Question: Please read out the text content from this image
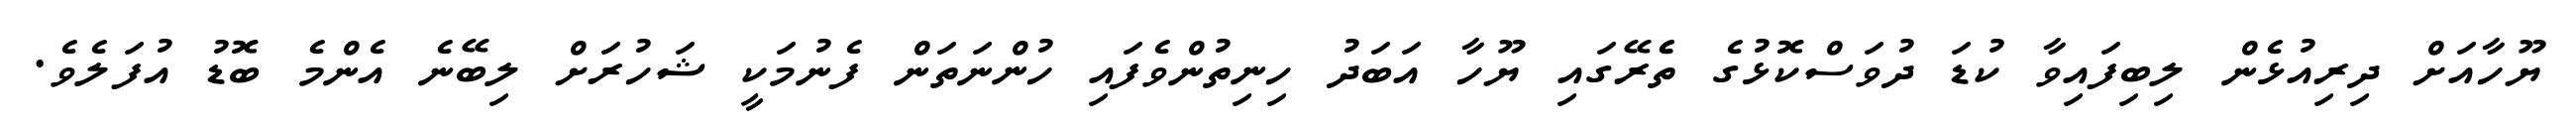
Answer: ޔޫހާއަށް ދިރިއުޅެން ލިބިފައިވާ ކުޑަ ދުވަސްކޮޅުގެ ތެެރޭގައި ޔޫހާ އަބަދު ހިނިތުންވެފައި ހުންނަތަން ފެނުމަކީ ޝަހުރަށް ލިބޭނެ އެންމެ ބޮޑު އުފަލެވެ.